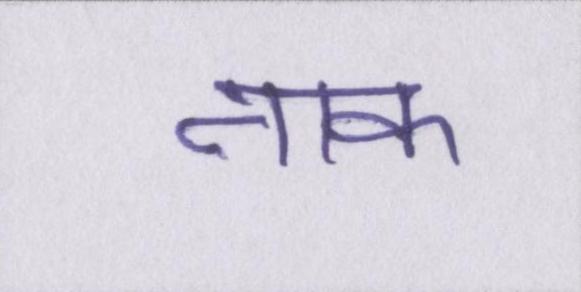
नाक